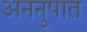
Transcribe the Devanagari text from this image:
अननुपात